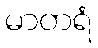
မာတရံ